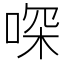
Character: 𠶀